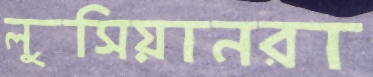
লুসিয়ানরা